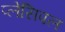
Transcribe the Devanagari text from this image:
प्लेसिपल